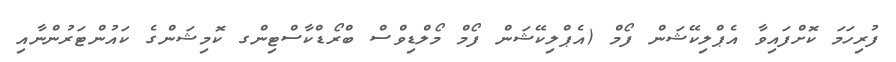
ފުރިހަމަ ކޮށްފައިވާ އެޕްލިކޭޝަން ފޯމް (އެޕްލިކޭޝަން ފޯމް މޯލްޑިވްސް ބްރޯޑްކާސްޓިންގ ކޮމިޝަންގެ ކައުންޓަރުންނާއި